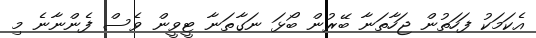
އެކަމަކު ފަހަތުން ޖަހާތަނާ ބޭރުން ބޯޅަ ނަގާތަނާ ޓީވީން ވެސް ފެންނާނެ މި